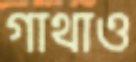
গাথাও